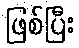
ဖြစ်ပြီး